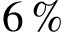
6 \, \%